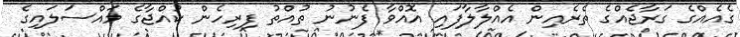
ގެއެއްގެ ގަރާޖެއްގެ ތެރެއިން އެއްލާލާފައި އޮއްވާ ފެނުނު ތުއްތު ފިރިހެން ކުއްޖާގެ މައްސަލައިގެ